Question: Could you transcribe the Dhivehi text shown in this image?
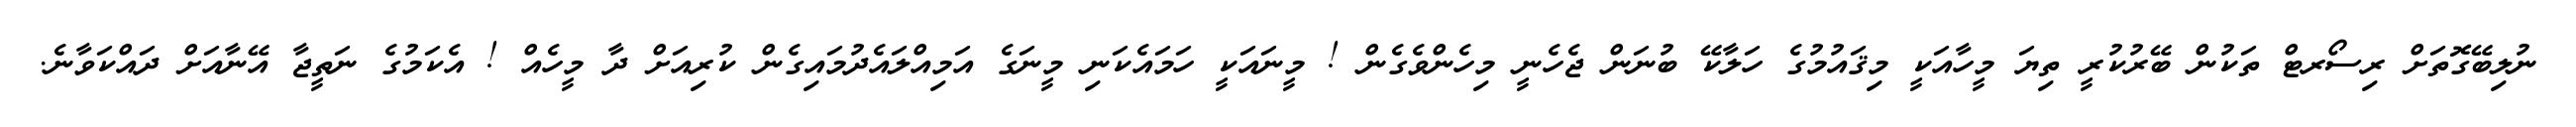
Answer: ނުލިބޭގޮތަށް ރިސޯރޓް ތަކުން ބޭރުކުރީ ތިޔަ މީހާއަކީ މިޤައުމުގެ ހަލާކޭ ބުނަން ޖެހެނީ މިހެންވެގެން ! މީނައަކީ ހަމައެކަނި މީނަގެ އަމިއްލައެދުމައިގެން ކުރިއަށް ދާ މީހެއް ! އެކަމުގެ ނަތީޖާ އޭނާއަށް ދައްކަވާނެ.